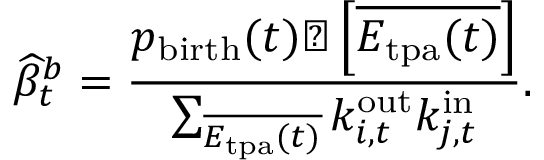
\widehat { \beta } _ { t } ^ { b } = \frac { p _ { \mathrm { b i r t h } } ( t ) \sharp \left[ { \overline { { E _ { \mathrm { t p a } } ( t ) } } } \right] } { \sum _ { \overline { { E _ { \mathrm { t p a } } ( t ) } } } k _ { i , t } ^ { \mathrm { o u t } } k _ { j , t } ^ { \mathrm { i n } } } .